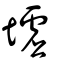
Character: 墟